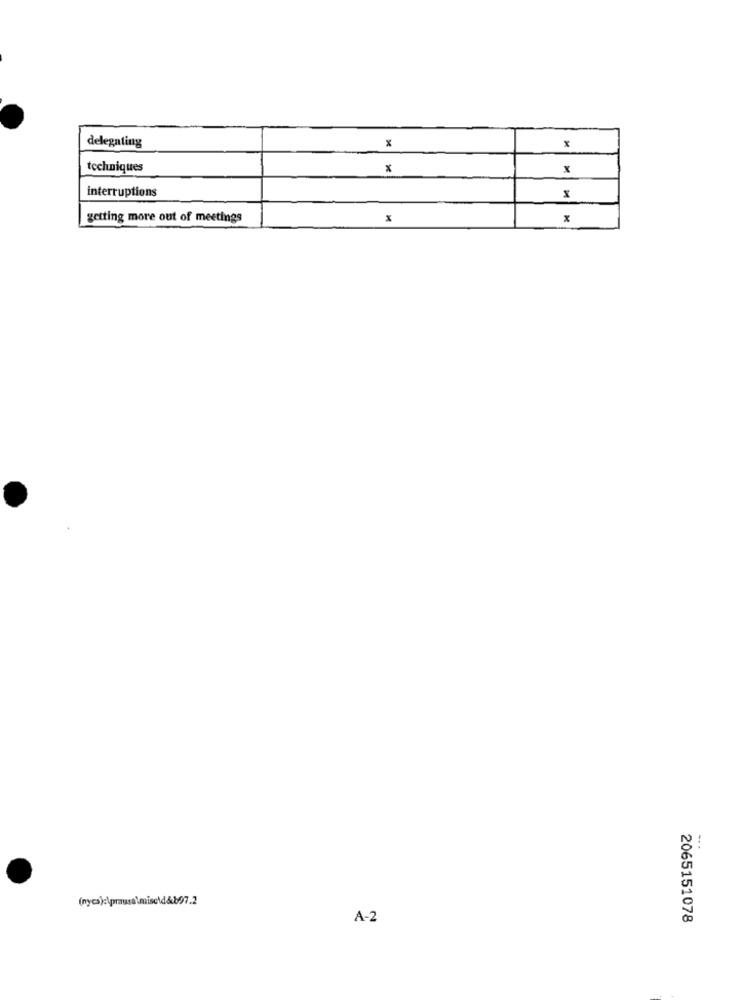
delegating
x
techniques
x
interruptions
getting more out of meetings
x
(nycs):\prausa\misc\d&b97.2
A-2
2065151078